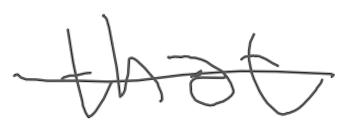
Text: that
Cross-out: single-line
Writing tool: digital_gray